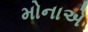
મોનાએ